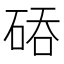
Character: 𮀙